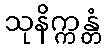
သုနိက္ကန္တံ